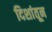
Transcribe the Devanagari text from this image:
दिशांतून